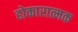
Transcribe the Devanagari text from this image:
होकारात्मक